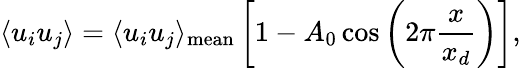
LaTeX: \langle u_{i}u_{j}\rangle=\langle u_{i}u_{j}\rangle_{\mathrm{mean}}\left[1-A_{0}\cos\left(2\pi\frac{x}{x_{d}}\right)\right],